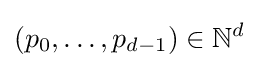
(p_{0},\ldots ,p_{d-1})\in \mathbb {N} ^{d}